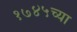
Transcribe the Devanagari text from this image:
१७४५च्या